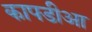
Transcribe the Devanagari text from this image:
कापडीआ